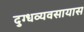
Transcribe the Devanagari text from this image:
दुग्धव्यवसायास